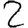
Digit: 2